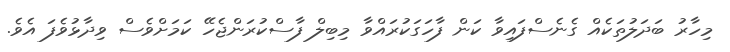
މިހާރު ބަދަލުތަކެއް ގެނެސްފައިވާ ކަން ފާހަގަކުރައްވާ މިބިލް ފާސްކުރަންޖެހޭ ކަމަށްވެސް ވިދާޅުވެފަ އެވެ.